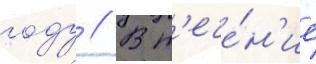
году // В т'ече́н'ие